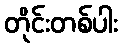
တိုင်းတစ်ပါး